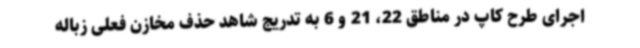
اجرای طرح کاپ در مناطق 22، 21 و 6 به تدریج شاهد حذف مخازن فعلی زباله